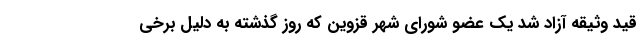
قید وثیقه آزاد شد یک عضو شورای شهر قزوین که روز گذشته به دلیل برخی